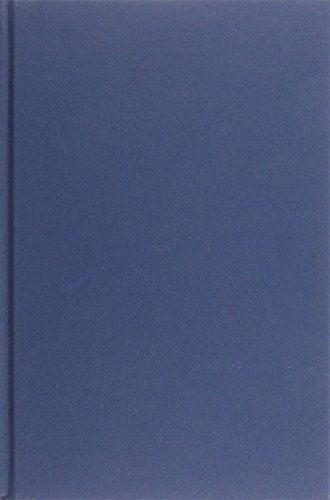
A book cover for Studies on the Origins and Uses of Islamic Hadith (Collected Studies); G. H. A. Juynboll; Religion & Spirituality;